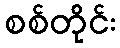
စစ်တိုင်း